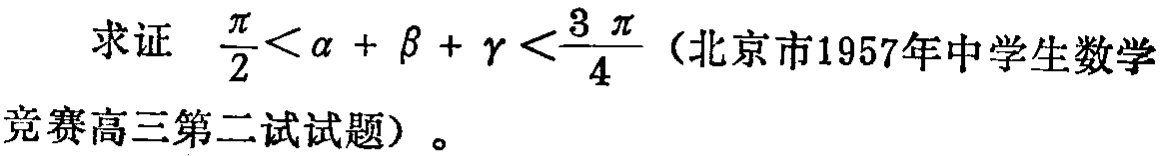
求证 \(\frac{\pi}{2}<\alpha + \beta + \gamma <\frac{3\pi}{4}\)（北京市1957年中学生数学竞赛高三第二试试题）。